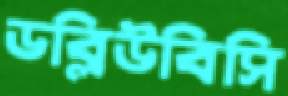
ডব্লিউবিসি